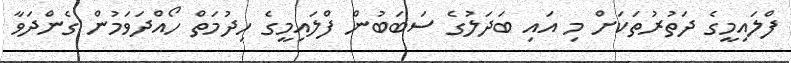
ފްލައިމީގެ ދަތުރުތަކަށް މި އައި ބަދަލުގެ ސަބަބުން ފްލައިމީގެ ހިދުމަތް ހޯއްދަވަމުން ގެންދަވާ